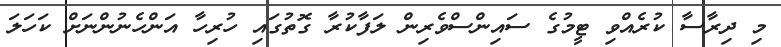
މި ދިރާސާ ކުރެއްވި ޓީމުގެ ސައިންސްވެރިން ލަފާކުރާ ގޮތުގައި ހުރިހާ އަންހެނުންނަށް ކަހަލަ